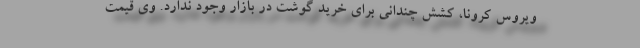
ویروس کرونا، کشش چندانی برای خرید گوشت در بازار وجود ندارد. وی قیمت